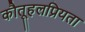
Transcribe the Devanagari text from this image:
कौतूहलप्रियता